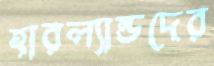
হারল্যান্ডদের